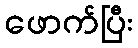
ဖောက်ပြီး